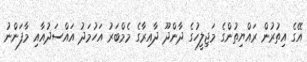
އޭގެ އިތުރުން ރައްޔިތުންގެ މަޖިލީހުގެ ދާންދޫ ދާއިރާގެ މެމްބަރު އަހުމަދު އައްސަދުއާއި މާފަންނު